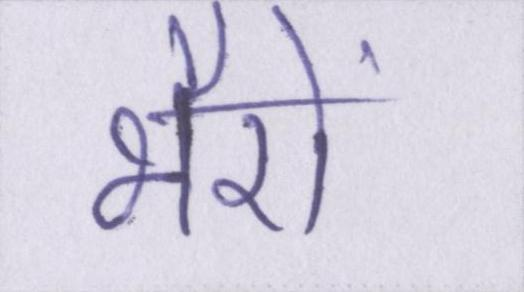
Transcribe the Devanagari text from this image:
भैरों